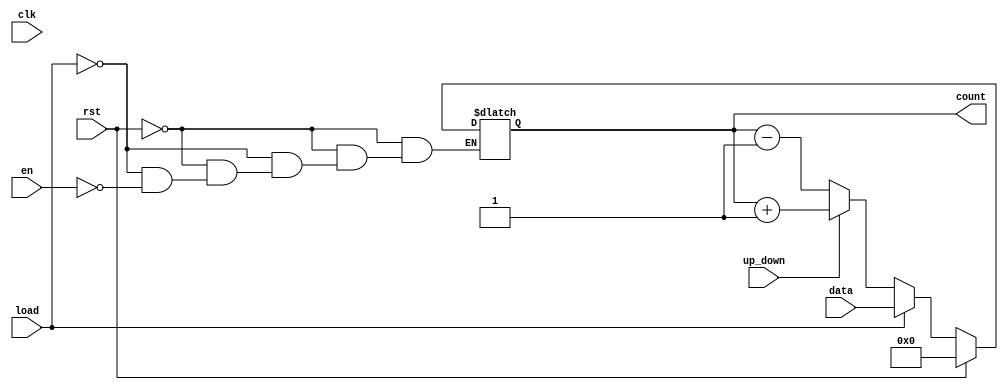
module AsyncLoadCounter (
    input wire clk,          // Clock signal
    input wire rst,          // Asynchronous reset
    input wire load,         // Asynchronous load signal
    input wire [7:0] data,   // Value to load into the counter
    input wire en,           // Count enable signal
    input wire up_down,      // Counting direction: 1 for up, 0 for down
    output reg [7:0] count   // Current counter value
);

// Asynchronous reset and load logic
always @(*) begin
    if (rst) begin
        count = 8'b0;        // Reset the counter to 0
    end else if (load) begin
        count = data;        // Load the specified value
    end else if (en) begin
        if (up_down) begin
            count = count + 1; // Increment the counter
        end else begin
            count = count - 1; // Decrement the counter
        end
    end
end

// Synchronous update on clock edge
always @(posedge clk) begin
    // The counter value is updated based on the combinational logic above
    // This ensures that the counter only updates on the clock edge
end

endmodule